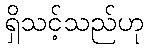
ရှိသင့်သည်ဟု